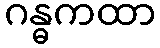
ဂန္ဓကထာ